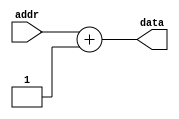
/********************************Copyright**************************************                           
**----------------------------File information--------------------------
** Funtions   :  rom 
** Operate on :M5C06N3L114C7
** Copyright  :All rights reserved. 
** Version    :V1.0
**---------------------------Modify the file information----------------
** Modified by   :
** Modified data :        
** Modify Content:
*******************************************************************************/
 

 module  data_rom  (
              addr,
                            
                            data

             );
 input   [7:0]       addr;
 output  [7:0]       data;
 
// always @(*)
//    begin
//         case()
//         end
 assign data = addr + 1;

endmodule